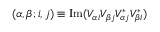
( \alpha , \beta ; i , j ) \equiv \operatorname { I m } ( V _ { \alpha i } V _ { \beta j } V _ { \alpha j } ^ { * } V _ { \beta i } ^ { * } )